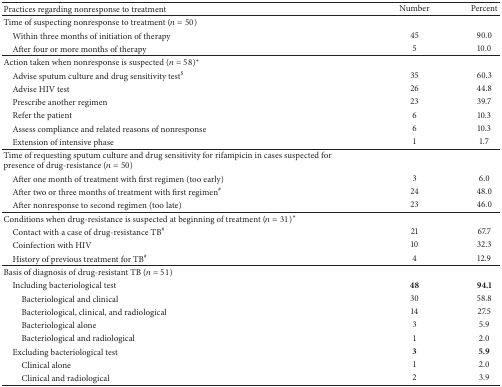
| Practices regarding nonresponse to treatment | Number | Percent |
 | --- | --- | --- |
 | Time of suspecting nonresponse to treatment (n = 50) |  |  |
 | Within three months of initiation of therapy | 45 | 90.0 |
 | After four or more months of therapy | 5 | 10.0 |
 | Action taken when nonresponse is suspected (n = 58)∗ |  |  |
 | Advise sputum culture and drug sensitivity test$ | 35 | 60.3 |
 | Advise HIV test | 26 | 44.8 |
 | Prescribe another regimen | 23 | 39.7 |
 | Refer the patient | 6 | 10.3 |
 | Assess compliance and related reasons of nonresponse | 6 | 10.3 |
 | Extension of intensive phase | 1 | 1.7 |
 | Time of requesting sputum culture and drug sensitivity for rifampicin in cases suspected for presence of drug-resistance (n = 50) |  |  |
 | After one month of treatment with first regimen (too early) | 3 | 6.0 |
 | After two or three months of treatment with first regimen# | 24 | 48.0 |
 | After nonresponse to second regimen (too late) | 23 | 46.0 |
 | Conditions when drug-resistance is suspected at beginning of treatment (n = 31)∗ |  |  |
 | Contact with a case of drug-resistance TB# | 21 | 67.7 |
 | Coinfection with HIV | 10 | 32.3 |
 | History of previous treatment for TB# | 4 | 12.9 |
 | Basis of diagnosis of drug-resistant TB (n = 51) |  |  |
 | Including bacteriological test | 48 | 94.1 |
 | Bacteriological and clinical | 30 | 58.8 |
 | Bacteriological, clinical, and radiological | 14 | 27.5 |
 | Bacteriological alone | 3 | 5.9 |
 | Bacteriological and radiological | 1 | 2.0 |
 | Excluding bacteriological test | 3 | 5.9 |
 | Clinical alone | 1 | 2.0 |
 | Clinical and radiological | 2 | 3.9 |